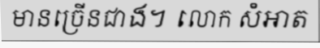
មានច្រើនជាង។ លោក សំអាត